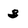
Character: 3